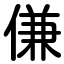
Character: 傔